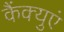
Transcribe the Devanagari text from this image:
कैंक्युएं